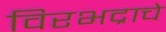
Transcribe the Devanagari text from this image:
विरभद्राचे